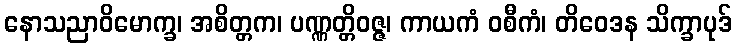
နောသညာဝိမောက္ခ၊ အစိတ္တက၊ ပဏ္ဏတ္တိဝဇ္ဇ၊ ကာယကံ ဝစီကံ၊ တိဝေဒန သိက္ခာပုဒ်